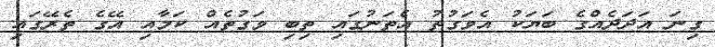
ގިނަ އަދަދެއްގެ ބަޔަކު އެވަގުތު އެތަނުގައި ތިބި ވަގުތެއް ކަމާއި އޭގެ ތެރޭގައި